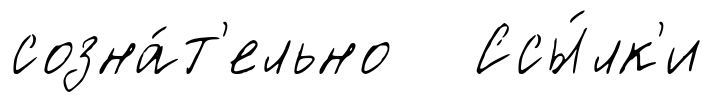
созна́т'ельно Ссы́лк'и